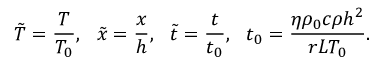
\tilde { T } = \frac { T } { { { T _ { 0 } } } } , ~ ~ \tilde { x } = \frac { x } { h } , ~ ~ \tilde { t } = \frac { t } { { { t _ { 0 } } } } , ~ ~ { t _ { 0 } } = \frac { { \eta { \rho _ { 0 } } c \rho { h ^ { 2 } } } } { { r L { T _ { 0 } } } } .